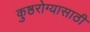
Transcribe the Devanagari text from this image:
कुष्ठरोग्यासाठी